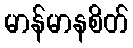
မာန်မာနစိတ်